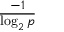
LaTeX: \frac { - 1 } { \log _ { 2 } p }